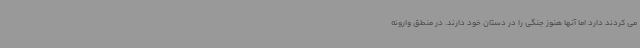
می کردند دارد اما آنها هنوز جنگی را در دستان خود دارند. در منطق وارونه